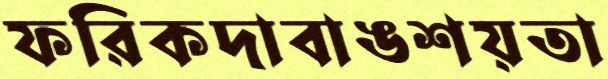
ফরিকদাবাঙশয়তা